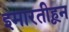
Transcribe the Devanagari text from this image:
इमारतीहून